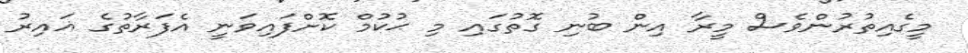
މީގެއިތުރުންވެސް މީރާ އިން ބުނި ގޮތުގައި މި ޙުކުމް ކޮށްފައިވަނީ އެފަރާތުގެ ޣައިރު